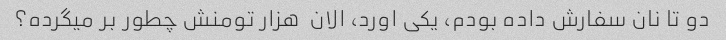
دو تا نان سفارش داده بودم، یکی اورد، الان  هزار تومنش چطور بر میگرده؟